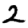
Digit: 2